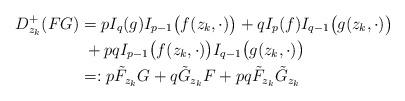
LaTeX: \begin{align*} D^+_{z_k}(FG)&=pI_q(g)I_{p-1}\bigl(f(z_k,\cdot)\bigr) +qI_p(f)I_{q-1}\bigl(g(z_k,\cdot)\bigr)\\ &\;+ pq I_{p-1}\bigl(f(z_k,\cdot)\bigr)I_{q-1}\bigl(g(z_k,\cdot)\bigr)\\ & =:p \tilde{F}_{z_k} G+q\tilde{G}_{z_k} F+pq \tilde{F}_{z_k} \tilde{G}_{z_k} \end{align*}